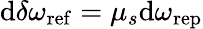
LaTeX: \mathrm{d}\delta\omega_{\mathrm{ref}}=\mu_{s}\mathrm{d}\omega_{\mathrm{rep}}